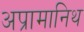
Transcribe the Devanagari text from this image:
अप्रामानिथ